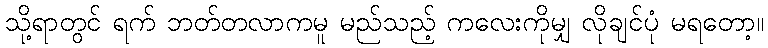
သို့ရာတွင် ရက် ဘတ်တလာကမူ မည်သည့် ကလေးကိုမျှ လိုချင်ပုံ မရတော့။